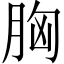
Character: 胸